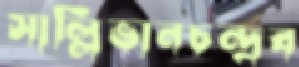
সাল্লিভানচন্দ্রব